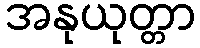
အနုယုတ္တာ